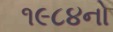
૧૯૮૪નો